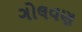
ગોલવણ